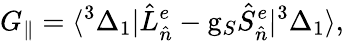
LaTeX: G_{\parallel}=\langle^{3}\Delta_{1}|\hat{L}_{\hat{n}}^{e}-\mathrm{g}_{S}\hat{S}_{\hat{n}}^{e}|^{3}\Delta_{1}\rangle,